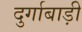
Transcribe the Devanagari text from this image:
दुर्गाबाड़ी